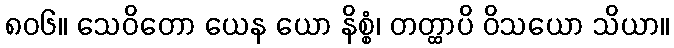
၈၀၆။ သေဝိတော ယေန ယော နိစ္စံ၊ တတ္ထာပိ ဝိသယော သိယာ။